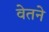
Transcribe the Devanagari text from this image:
वेतने